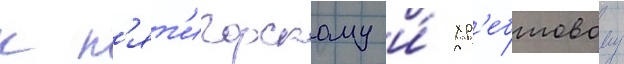
к п'ят'игорскому и́ хр'ебтовому